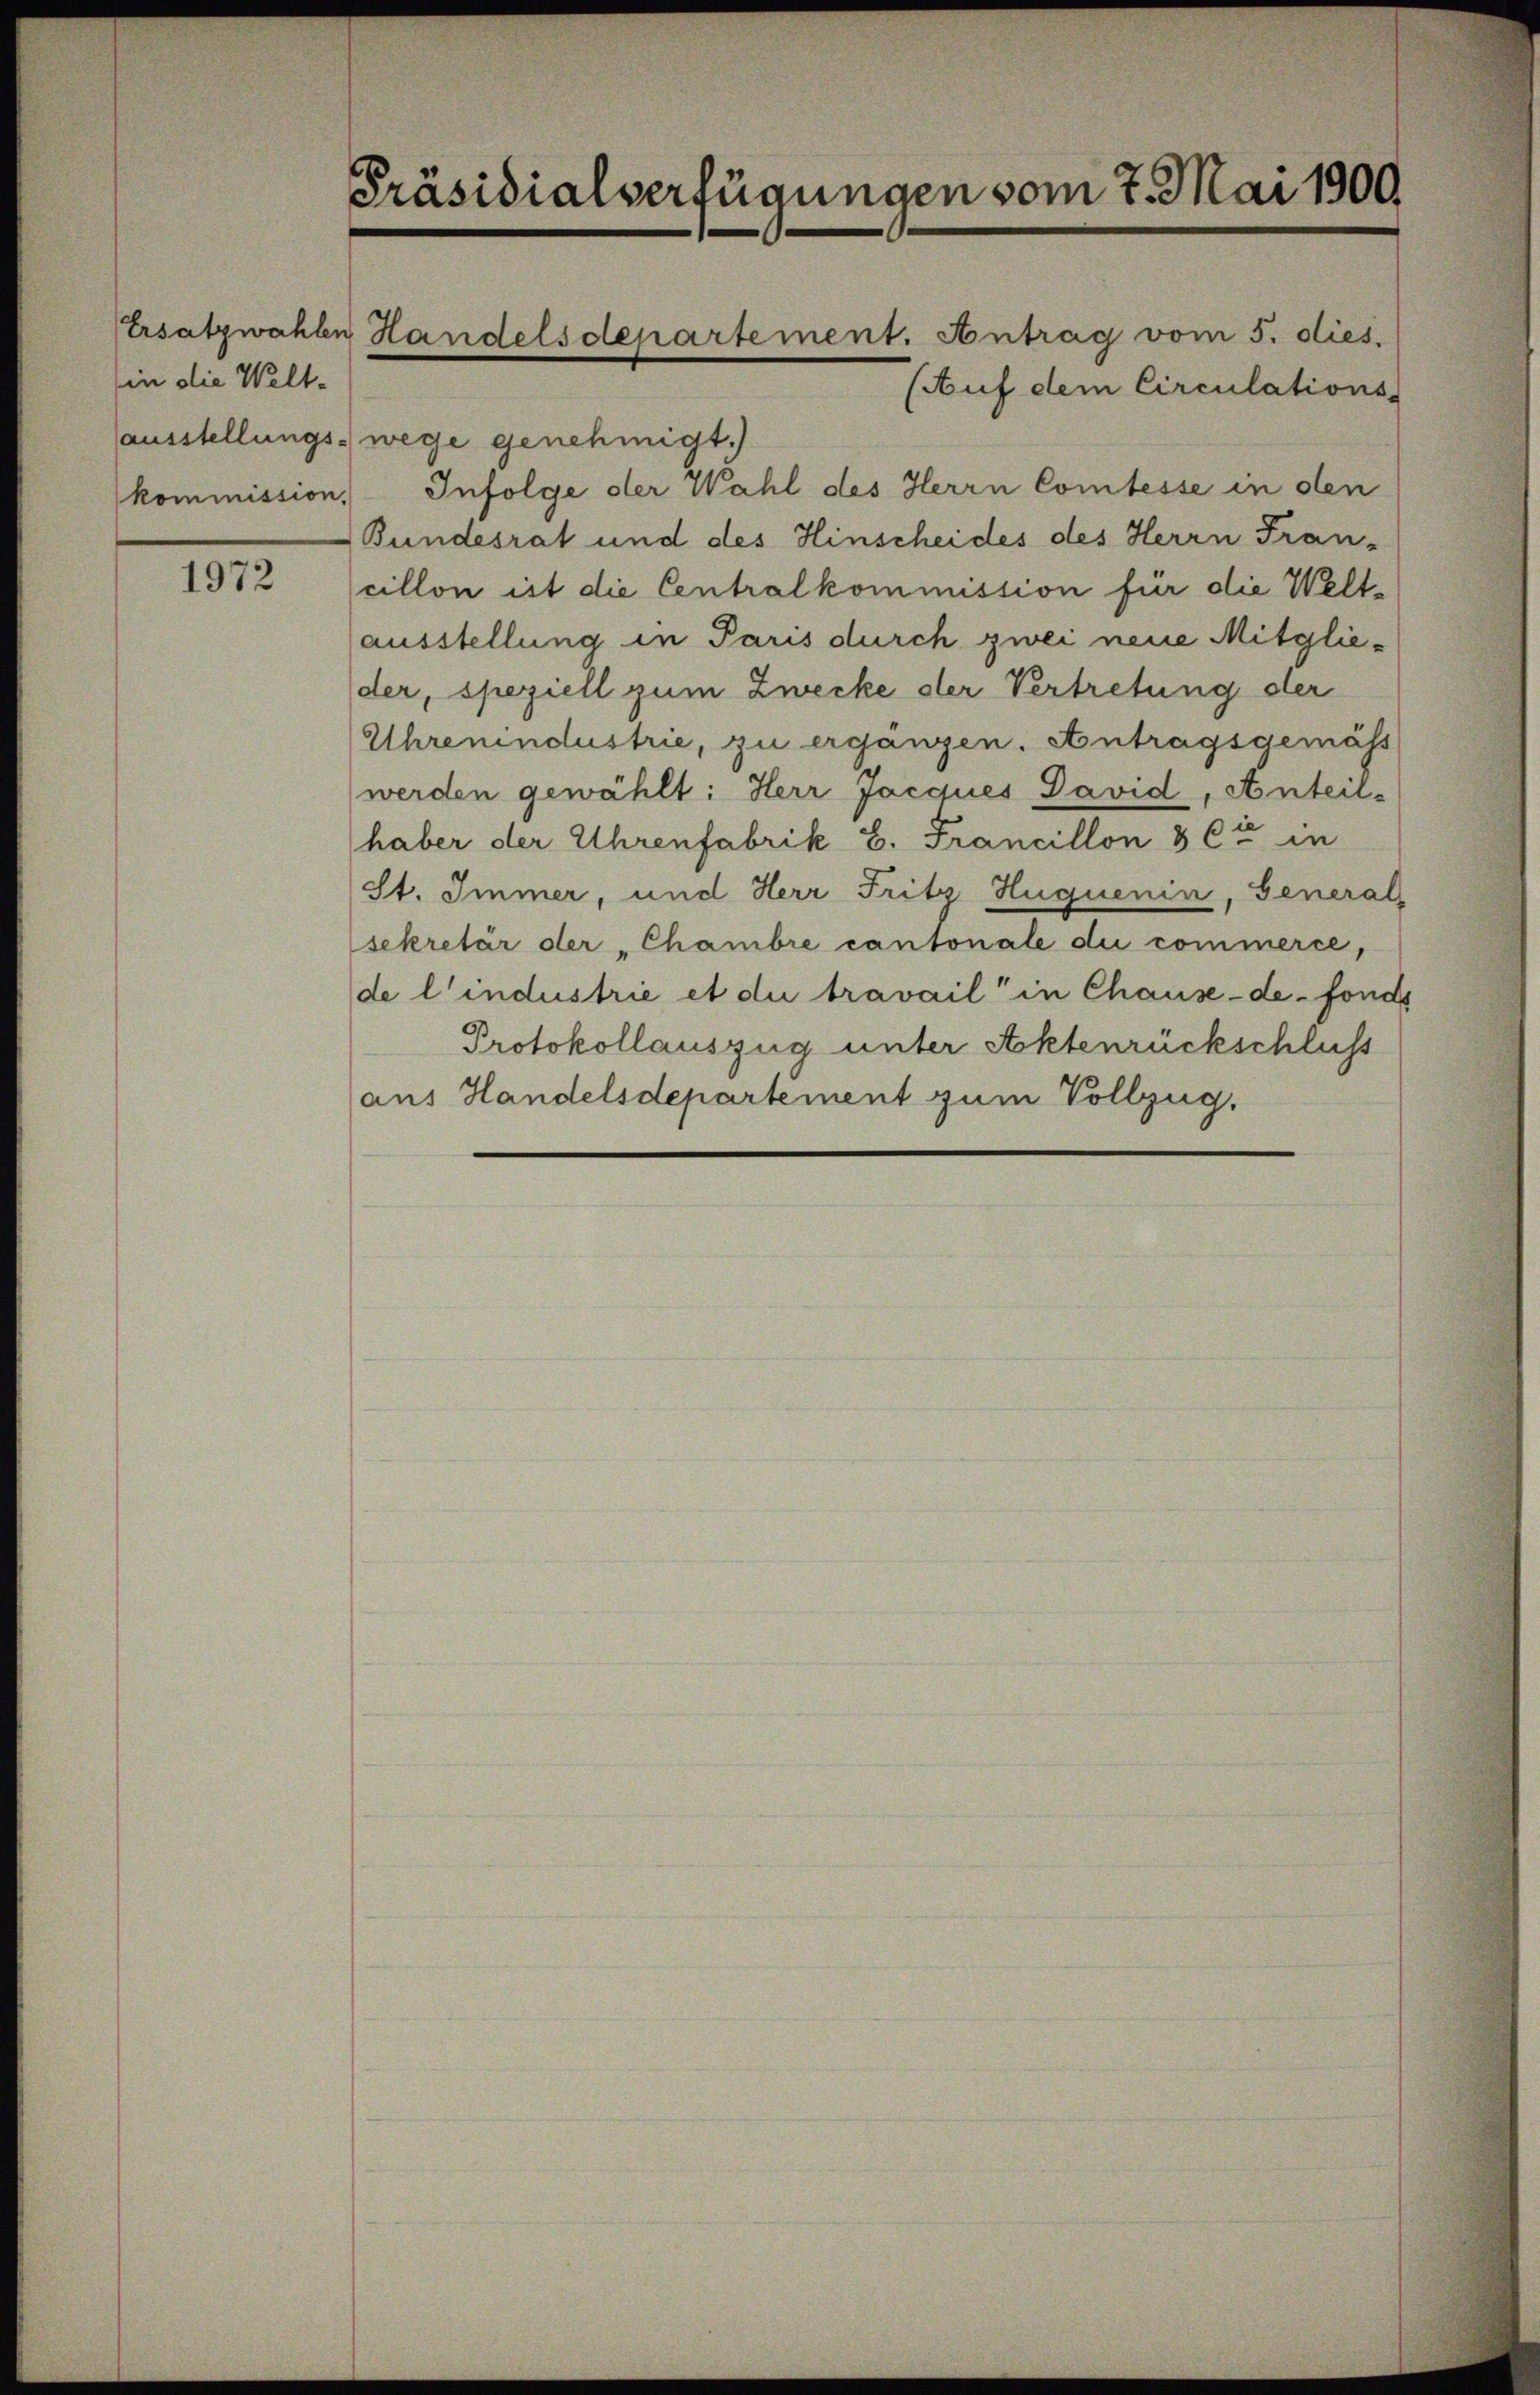
in die Welt-
kommission,

1972

Präsidialverfügungen vom 7. Mai 1900

(Auf dem Circulations-
ausstellungs- wege genehmigt.)
Infolge der Wahl des Herrn Comtesse in den
Bundesrat und des Hinscheides des Herrn Fran-
cillon ist die Centralkommission für die Weltausstellung in Paris durch zwei neue Mitglieder, speziell zum Zwecke der Vertretung der
Uhrenindustrie, zu ergängen. Antragsgemäss
werden gewählt: Herr Jacques David, Anteil-
haber der Uhrenfabrik B. Francillon & Cie in
St. Immer, und Herr Fritz Huquenin, General
sekretär der „Chambre cantonale di commerce,
de l’industrie et die travail in Chause-de-fonds
Protokollauszug unter Aktenrückschluss
aus Handelsdepartement zum Vollzug.

Ersatzwahlen Handelsdepartement. Antrag vom 5. dies.